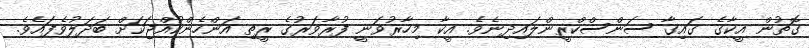
ގޮތުން އީކާގެ ގައިގާ ސަންސްކްރީންލައިދިނެވެ. އީކާ މިހާރުވަނީ ފުރާވަރުގެ ރީތި އަންހެންކުއްޖަކަށް ބަދަލުވެފައެވެ.